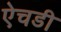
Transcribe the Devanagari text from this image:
ऐचडी